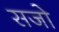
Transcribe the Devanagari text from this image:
सजो